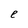
Character: e